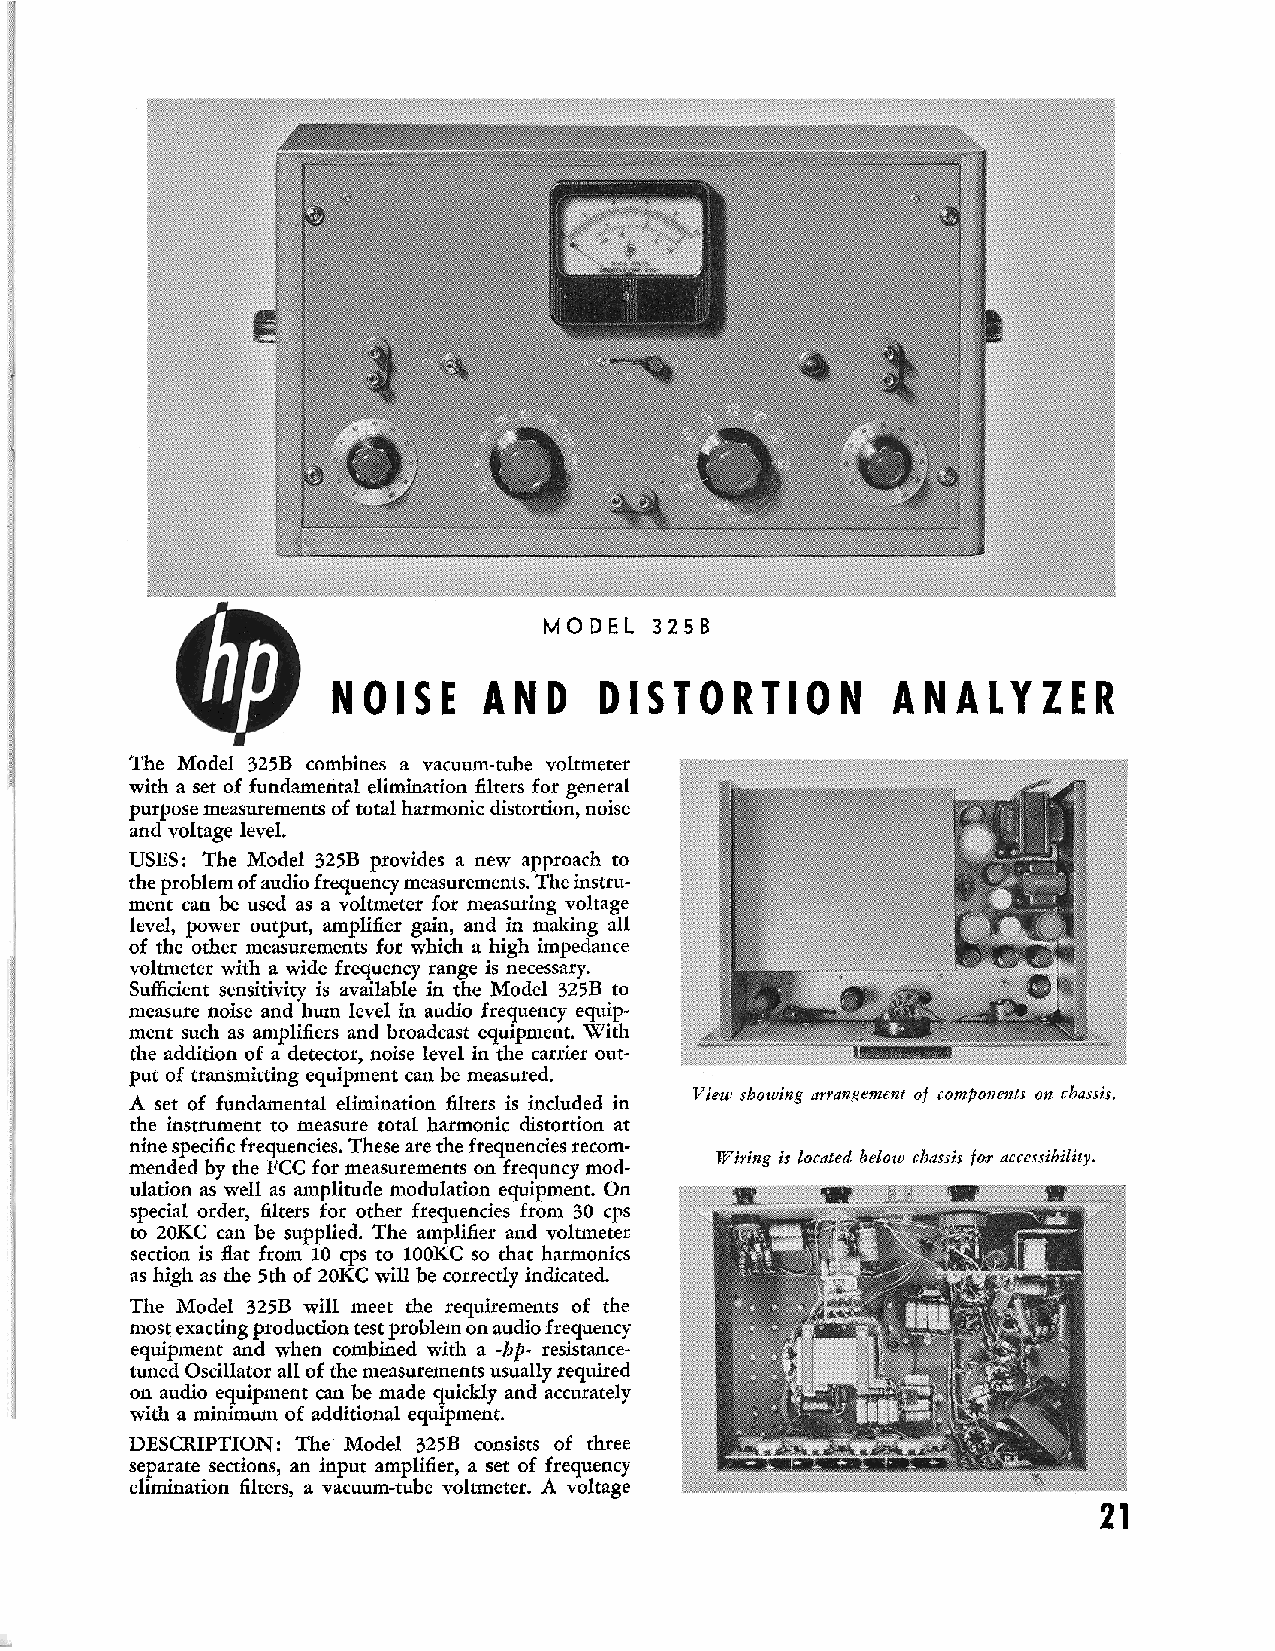
MODEL  325B
 N O I S E A N D  D I S T O R T I O N A N A L Y Z E R
 The Model 325B combines a vacuum-tube voltmeter
 with a set of fundamental elimination filters for general
 purpose measurements of total harmonic distortion, noise
 and voltage level.
 USES: The Model 325B provides a new approach to
 the problem of audio frequency measurements. The instru-
 ment can be used as a voltmeter for measuring voltage
 level, power output, amplifier gain, and in making all
 of the other measurements for which a high impedance
 voltmeter with a wide frequency range is necessary.
 Sufficient sensitivity is available in the Model 325B to
 measure noise and hum level in audio frequency equip-
 ment such as amplifiers and broadcast equipment. With
 the addition of a detector, noise level in the carrier out-
 put of transmitting equipment can be measured.
 A set of fundamental elimination filters is included in View rhowing arrangement of components os chassis.
 the instrument to measure total harmonic distortion at
 nine specific frequencies. These are the frequencies recom-
 mended by the FCC for measurements on Freuency mod- Wiring is located below charrir fay accessibility.
 ulation as well as amplitude modulation equipment. On
 special order, filters for other frequencies from 30 cps
 to 20KC can be supplied. The amplifier and voltmeter
 section is flat from 10 cps to l00KC so that harmonics
 as high as the 5th of 20KC will be correctly indicated.
 The Model 325B will meet the requirements of the
 most exacting production test problem on audio frequency
 equipment and when combined with a -hp- resistance-
 tuned Oscillator all of the measurements usually required
 on audio equipment can be made quickly and accurately
 with a minimum of additional equipment.
 DESCRIPTION: The Model 325B consists of three
 separate sections, an input amplifier, a set of frequency
 elimination filters, a vacuum-tube voltmeter. A voltage
 21